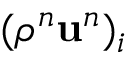
( \rho ^ { n } \mathbf u ^ { n } ) _ { i }